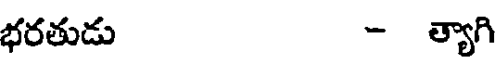
భరతుడు - త్యాగి